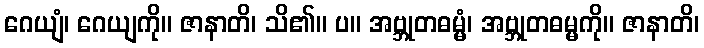
ဂေယျံ၊ ဂေယျကို။ ဇာနာတိ၊ သိ၏။ ပ။ အဗ္ဘုတဓမ္မံ၊ အဗ္ဘုတဓမ္မကို။ ဇာနာတိ၊